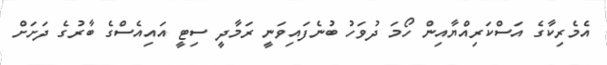
އެމެރިކާގެ އަސްކަރިއްޔާއިން ހޯމަ ދުވަހު ބުނެފައިވަނީ ރަމާދީ ސިޓީ އައިއެސްގެ ބާރުގެ ދަށަށް